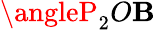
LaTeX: \angleP_{2}O\mathbf{B}